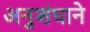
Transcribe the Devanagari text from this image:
अनुशंघाने